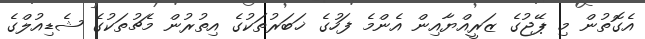
އެގޮތުން މި ޕޭޖުގެ ޒަރީއްޔާއިން އެންމެ ފަހުގެ ޚަބަރުތަކުގެ އިތުރުން މެޗުތަކުގެ ޝެޑިއުލްގެ